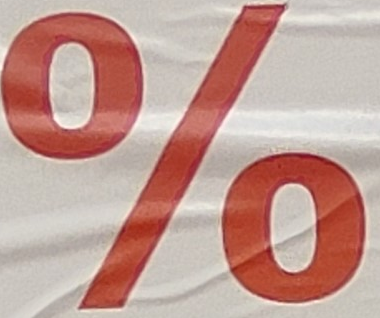
%